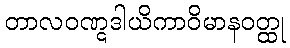
တာလဝဏ္ဋဒါယိကာဝိမာနဝတ္ထု